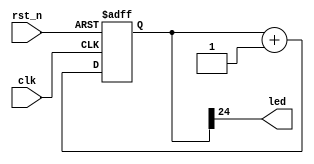
// This program was cloned from: https://github.com/huangxc6/Software_Hardware_Co-Design_24Spring
// License: MIT License

`timescale 1ns / 1ps

module blinky(
    input  clk,
    input  rst_n,
    output led
);
    
    reg [24:0] count = 0;
    always @ (posedge(clk) or negedge(rst_n))
        if (!rst_n)
            count <= 0;
        else
            count <= count + 1;

    assign led = count[24];

endmodule